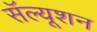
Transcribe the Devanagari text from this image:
सॅल्यूशन